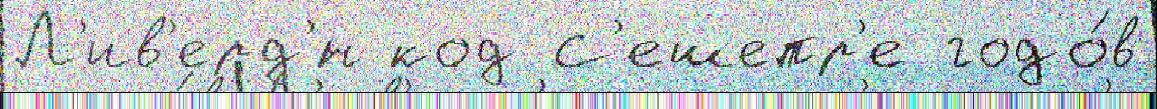
Л'ив'ерд'́н код С'ешепр'е годо́в